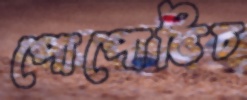
পোপোভিচ